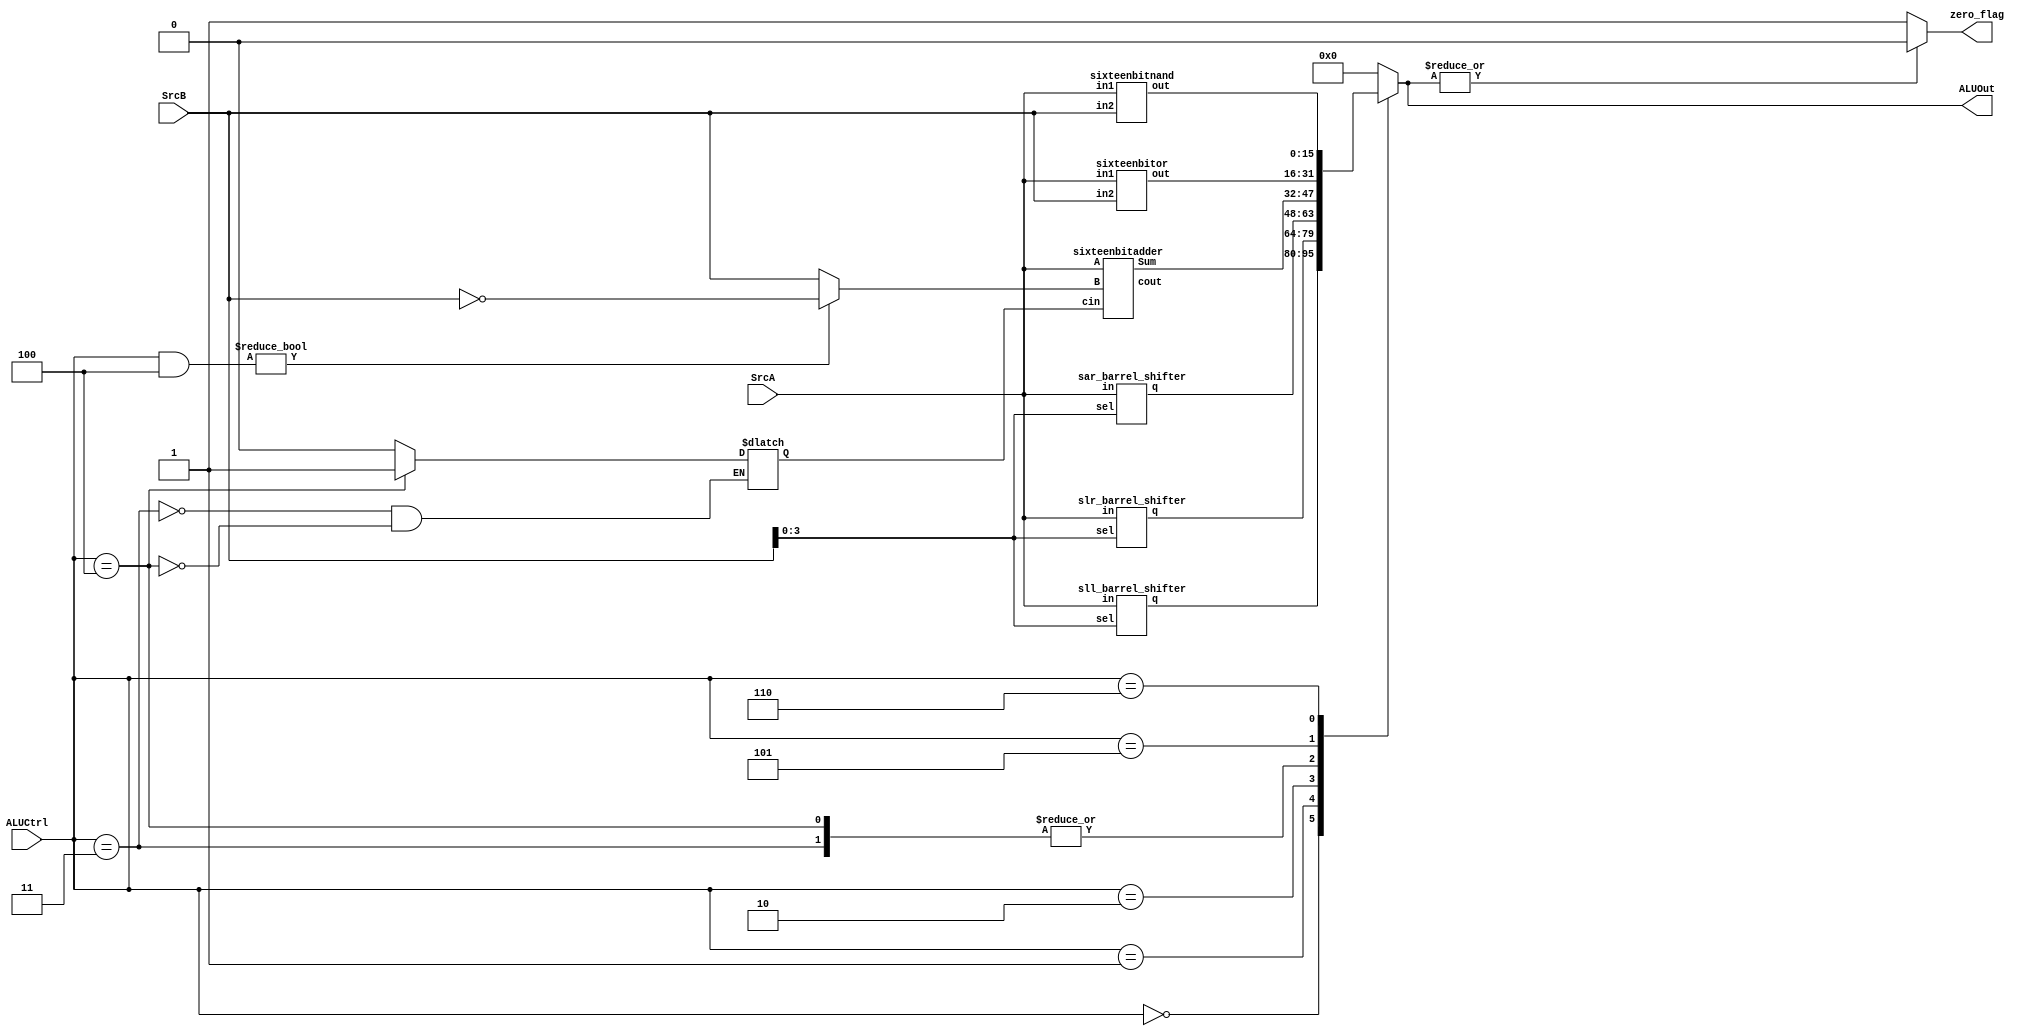
module main_ALU(ALUOut, zero_flag, SrcA, SrcB, ALUCtrl);
	output reg [15:0]ALUOut;
	output reg zero_flag;
	input [15:0]SrcA,SrcB;
	input [2:0]ALUCtrl;
	
	wire carry_out;
	
	wire [15:0]temp_outA, temp_outB, temp_outC, temp_outD, temp_outE, temp_outF, temp_inB;
	wire temp_zero;
	reg cin;
    assign temp_inB = (ALUCtrl&3'b100)?(~SrcB):(SrcB);
	sixteenbitadder s1(temp_outA,carry_out,SrcA,temp_inB,cin);
	sixteenbitor o1(temp_outB,SrcA,SrcB);
	sixteenbitnand n1(temp_outC,SrcA,SrcB);
	sll_barrel_shifter s2(temp_outD,SrcA,SrcB[3:0]);
	slr_barrel_shifter s3(temp_outE,SrcA,SrcB[3:0]);
	sar_barrel_shifter s4(temp_outF,SrcA,SrcB[3:0]);
	
	
	always @(*) begin
	case(ALUCtrl)
		//sll
		3'b000:
		begin
			ALUOut = temp_outD;
		end
		
		//slr
		3'b001:
		begin
			ALUOut = temp_outE;
		end
		
		//sar
		3'b010:
		begin
			ALUOut = temp_outF;
		end
		
		//add
		3'b011:
		begin
			//sixteenbitadder s1(ALUOut,carry_out,SrcA,SrcB,0);
			ALUOut = temp_outA;
			cin = 0;
			/*
			if(~|(ALUOut))
				zero_flag = 1'b1;
			else
				zero_flag = 1'b0;
			*/
		end
		
		//sub
		3'b100:
		begin
			//sixteenbitadder s1(ALUOut,carry_out,SrcA,~(SrcB),1);
			ALUOut = temp_outA;
			cin = 1;
			/*
			if(~|(ALUOut))
				zero_flag = 1'b1;
			else
				zero_flag = 1'b0;
			*/
		end
		
		//or
		3'b101:
		begin
			//sixteenbitor o1(ALUOut,SrcA,SrcB);
			ALUOut = temp_outB;
		end
		
		//nand
		3'b110:
		begin
			//sixteenbitnand n1(ALUOut,SrcA,SrcB);
			ALUOut = temp_outC;
		end
		
		
		default:
			ALUOut = 16'b0;
	endcase
	end

	always @(*) begin
	if(~|(ALUOut))
				zero_flag = 1'b1;
			else
				zero_flag = 1'b0;
	end
	
endmodule	
	
module fulladder(a,b,cin,sum,cout);
	output sum,cout;
	input a,b,cin;
	assign sum = (a ^ b ^ cin);
	assign cout= (a & b)|(cin & a)|(b & cin);
endmodule

module sixteenbitadder(Sum,cout,A,B,cin);
	output [15:0] Sum;
	output cout;
	input [15:0] A,B;
	input cin;
	wire [15:0] c;
	fulladder f0(A[0],B[0],cin,Sum[0],c[0]);
	fulladder f1(A[1],B[1],c[0],Sum[1],c[1]);
	fulladder f2(A[2],B[2],c[1],Sum[2],c[2]);
	fulladder f3(A[3],B[3],c[2],Sum[3],c[3]);
	fulladder f4(A[4],B[4],c[3],Sum[4],c[4]);
	fulladder f5(A[5],B[5],c[4],Sum[5],c[5]);
	fulladder f6(A[6],B[6],c[5],Sum[6],c[6]);
	fulladder f7(A[7],B[7],c[6],Sum[7],c[7]);
	fulladder f8(A[8],B[8],c[7],Sum[8],c[8]);
	fulladder f9(A[9],B[9],c[8],Sum[9],c[9]);
	fulladder f10(A[10],B[10],c[9],Sum[10],c[10]);
	fulladder f11(A[11],B[11],c[10],Sum[11],c[11]);
	fulladder f12(A[12],B[12],c[11],Sum[12],c[12]);
	fulladder f13(A[13],B[13],c[12],Sum[13],c[13]);
	fulladder f14(A[14],B[14],c[13],Sum[14],c[14]);
	fulladder f15(A[15],B[15],c[14],Sum[15],c[15]);
	assign cout = c[15];
	//assign Sum = A+B+cin;
endmodule

module sixteenbitnand(out,in1,in2);
	output [15:0]out;
	input [15:0]in1,in2;
	
	nand n0(out[0],in1[0],in2[0]);
	nand n1(out[1],in1[1],in2[1]);
	nand n2(out[2],in1[2],in2[2]);
	nand n3(out[3],in1[3],in2[3]);
	nand n4(out[4],in1[4],in2[4]);
	nand n5(out[5],in1[5],in2[5]);
	nand n6(out[6],in1[6],in2[6]);
	nand n7(out[7],in1[7],in2[7]);
	nand n8(out[8],in1[8],in2[8]);
	nand n9(out[9],in1[9],in2[9]);
	nand n10(out[10],in1[10],in2[10]);
	nand n11(out[11],in1[11],in2[11]);
	nand n12(out[12],in1[12],in2[12]);
	nand n13(out[13],in1[13],in2[13]);
	nand n14(out[14],in1[14],in2[14]);
	nand n15(out[15],in1[15],in2[15]);
endmodule

module sixteenbitor(out,in1,in2);
	output[15:0]out;
	input [15:0]in1,in2;
	
	or o0(out[0],in1[0],in2[0]);
	or o1(out[1],in1[1],in2[1]);
	or o2(out[2],in1[2],in2[2]);
	or o3(out[3],in1[3],in2[3]);
	or o4(out[4],in1[4],in2[4]);
	or o5(out[5],in1[5],in2[5]);
	or o6(out[6],in1[6],in2[6]);
	or o7(out[7],in1[7],in2[7]);
	or o8(out[8],in1[8],in2[8]);
	or o9(out[9],in1[9],in2[9]);
	or o10(out[10],in1[10],in2[10]);
	or o11(out[11],in1[11],in2[11]);
	or o12(out[12],in1[12],in2[12]);
	or o13(out[13],in1[13],in2[13]);
	or o14(out[14],in1[14],in2[14]);
	or o15(out[15],in1[15],in2[15]);
endmodule

module slr_barrel_shifter(q,in,sel);
	output [15:0]q;
	input [15:0]in;
	input[3:0]sel;
	mux m0(q[0],in,sel);
	mux m1(q[1],{1'b0,in[15:1]},sel);
	mux m2(q[2],{2'b0,in[15:2]},sel);
	mux m3(q[3],{3'b0,in[15:3]},sel);
	mux m4(q[4],{4'b0,in[15:4]},sel);
	mux m5(q[5],{5'b0,in[15:5]},sel);
	mux m6(q[6],{6'b0,in[15:6]},sel);
	mux m7(q[7],{7'b0,in[15:7]},sel);
	mux m8(q[8],{8'b0,in[15:8]},sel);
	mux m9(q[9],{9'b0,in[15:9]},sel);
	mux m10(q[10],{10'b0,in[15:10]},sel);
	mux m11(q[11],{11'b0,in[15:11]},sel);
	mux m12(q[12],{12'b0,in[15:12]},sel);
	mux m13(q[13],{13'b0,in[15:13]},sel);
	mux m14(q[14],{14'b0,in[15:14]},sel);
	mux m15(q[15],{15'b0,in[15]},sel);
endmodule

module sar_barrel_shifter(q,in,sel);
	output [15:0]q;
	input [15:0]in;
	input[3:0]sel;
	mux m0(q[0],in,sel);
	mux m1(q[1],{in[15],in[15:1]},sel);
	mux m2(q[2],{{2{in[15]}},in[15:2]},sel);
	mux m3(q[3],{{3{in[15]}},in[15:3]},sel);
	mux m4(q[4],{{4{in[15]}},in[15:4]},sel);
	mux m5(q[5],{{5{in[15]}},in[15:5]},sel);
	mux m6(q[6],{{6{in[15]}},in[15:6]},sel);
	mux m7(q[7],{{7{in[15]}},in[15:7]},sel);
	mux m8(q[8],{{8{in[15]}},in[15:8]},sel);
	mux m9(q[9],{{9{in[15]}},in[15:9]},sel);
	mux m10(q[10],{{10{in[15]}},in[15:10]},sel);
	mux m11(q[11],{{11{in[15]}},in[15:11]},sel);
	mux m12(q[12],{{12{in[15]}},in[15:12]},sel);
	mux m13(q[13],{{13{in[15]}},in[15:13]},sel);
	mux m14(q[14],{{14{in[15]}},in[15:14]},sel);
	mux m15(q[15],{{15{in[15]}},in[15]},sel);
endmodule


module sll_barrel_shifter(q,in,sel);
	output [15:0]q;
	input [15:0]in;
	input[3:0]sel;
	l_mux m0(q[0],{in[0],15'b0},sel);
	l_mux m1(q[1],{in[1:0],14'b0},sel);
	l_mux m2(q[2],{in[2:0],13'b0},sel);
	l_mux m3(q[3],{in[3:0],12'b0},sel);
	l_mux m4(q[4],{in[4:0],11'b0},sel);
	l_mux m5(q[5],{in[5:0],10'b0},sel);
	l_mux m6(q[6],{in[6:0],9'b0},sel);
	l_mux m7(q[7],{in[7:0],8'b0},sel);
	l_mux m8(q[8],{in[8:0],7'b0},sel);
	l_mux m9(q[9],{in[9:0],6'b0},sel);
	l_mux m10(q[10],{in[10:0],5'b0},sel);
	l_mux m11(q[11],{in[11:0],4'b0},sel);
	l_mux m12(q[12],{in[12:0],3'b0},sel);
	l_mux m13(q[13],{in[13:0],2'b0},sel);
	l_mux m14(q[14],{in[14:0],1'b0},sel);
	l_mux m15(q[15],in,sel);
endmodule


module l_mux(y,in,sel);
	input[15:0]in;
	output y;
	reg y;
	input [3:0]sel;
	always @(sel) begin
		if (sel==4'd0)
			y = in[15];
		else if (sel==4'd1)
			y = in[14];
		else if (sel==4'd2)
			y = in[13];
		else if (sel==4'd3)
			y = in[12];
		else if (sel==4'd4)
			y = in[11];
		else if (sel==4'd5)
			y = in[10];
		else if (sel==4'd6)
			y = in[9];
		else if (sel==4'd7)
			y = in[8];
		else if (sel==4'd8)
			y = in[7];
		else if (sel==4'd9)
			y = in[6];
		else if (sel==4'd10)
			y = in[5];
		else if (sel==4'd11)
			y = in[4];
		else if (sel==4'd12)
			y = in[3];
		else if (sel==4'd13)
			y = in[2];
		else if (sel==4'd14)
			y = in[1];
		else if (sel==4'd15)
			y = in[0];
    end
  endmodule
  
  
module mux(y,in,sel);
	input[15:0]in;
	output y;
	reg y;
	input [3:0]sel;
	always @(sel) begin
		if (sel==4'd0)
			y = in[0];
		else if (sel==4'd1)
			y = in[1];
		else if (sel==4'd2)
			y = in[2];
		else if (sel==4'd3)
			y = in[3];
		else if (sel==4'd4)
			y = in[4];
		else if (sel==4'd5)
			y = in[5];
		else if (sel==4'd6)
			y = in[6];
		else if (sel==4'd7)
			y = in[7];
		else if (sel==4'd8)
			y = in[8];
		else if (sel==4'd9)
			y = in[9];
		else if (sel==4'd10)
			y = in[10];
		else if (sel==4'd11)
			y = in[11];
		else if (sel==4'd12)
			y = in[12];
		else if (sel==4'd13)
			y = in[13];
		else if (sel==4'd14)
			y = in[14];
		else if (sel==4'd15)
			y = in[15];
    end
 endmodule
  
 
/*module tb_barrel_shifter;
	wire [15:0]op_t,q_t;
	reg [15:0]ip_t;
	reg [3:0]S_t;
	slr_barrel_shifter b1(op_t, ip_t, S_t);
	initial begin
		ip_t = 16'b0;
		S_t = 4'd0;
		#5ip_t = 16'hFFFF;
		S_t = 4'd2;
	end
	
	initial begin
		$monitor($time," ip_t = %b, %d, op_t = %b, %d, S_t = %d",ip_t, ip_t, op_t, op_t, S_t);
	end
endmodule
*/

// module tb_alu;
// wire [15:0]ALUOut;
// wire zero_flag;
// reg [15:0]SrcA,SrcB;
// reg [2:0]ALUCtrl;

// main_ALU a1(ALUOut, zero_flag, SrcA, SrcB, ALUCtrl);

// initial begin
//     SrcA = 16'h70FF;//16'b1100_1100_1100_1100;
// 	SrcB = 16'h0005;//16'b0110_0110_0110_0110;
//     ALUCtrl = 3'b010;
// end

// initial begin
//     $display("A = %b, B = %b", SrcA, SrcB);
//     #1 $display("ALUOut = %b, zero_flag = %b", ALUOut, zero_flag);
// end
// endmodule